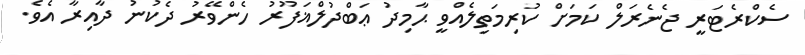
ސެކްރެޓަރީ ޖެނެރަލް ކަމަށް ކުރިމަތިލެއްވީ ޙާމިދު ޢަބްދުލްޣަފޫރު ހެންވޭރު ދެކުނު ދާއިރާ އެވެ.